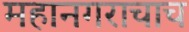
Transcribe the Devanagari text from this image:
महानगराचाच